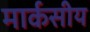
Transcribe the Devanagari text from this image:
मार्कसीय